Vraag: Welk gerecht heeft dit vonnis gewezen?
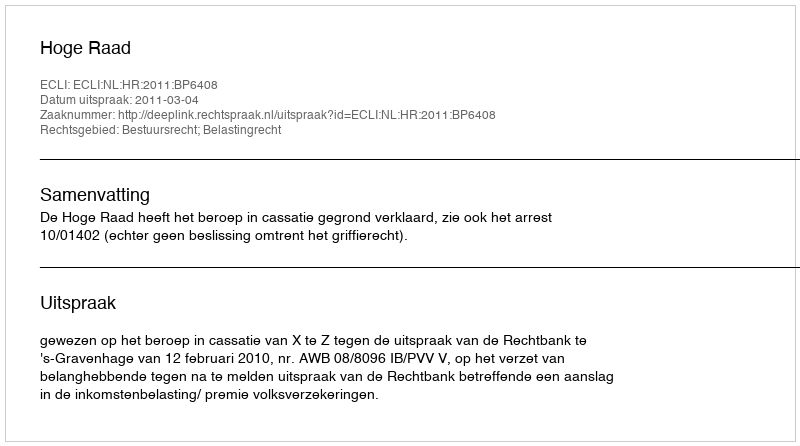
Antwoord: Hoge Raad